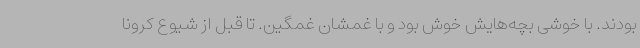
بودند. با خوشی بچه‌هایش خوش بود و با غمشان غمگین. تا قبل از شیوع کرونا